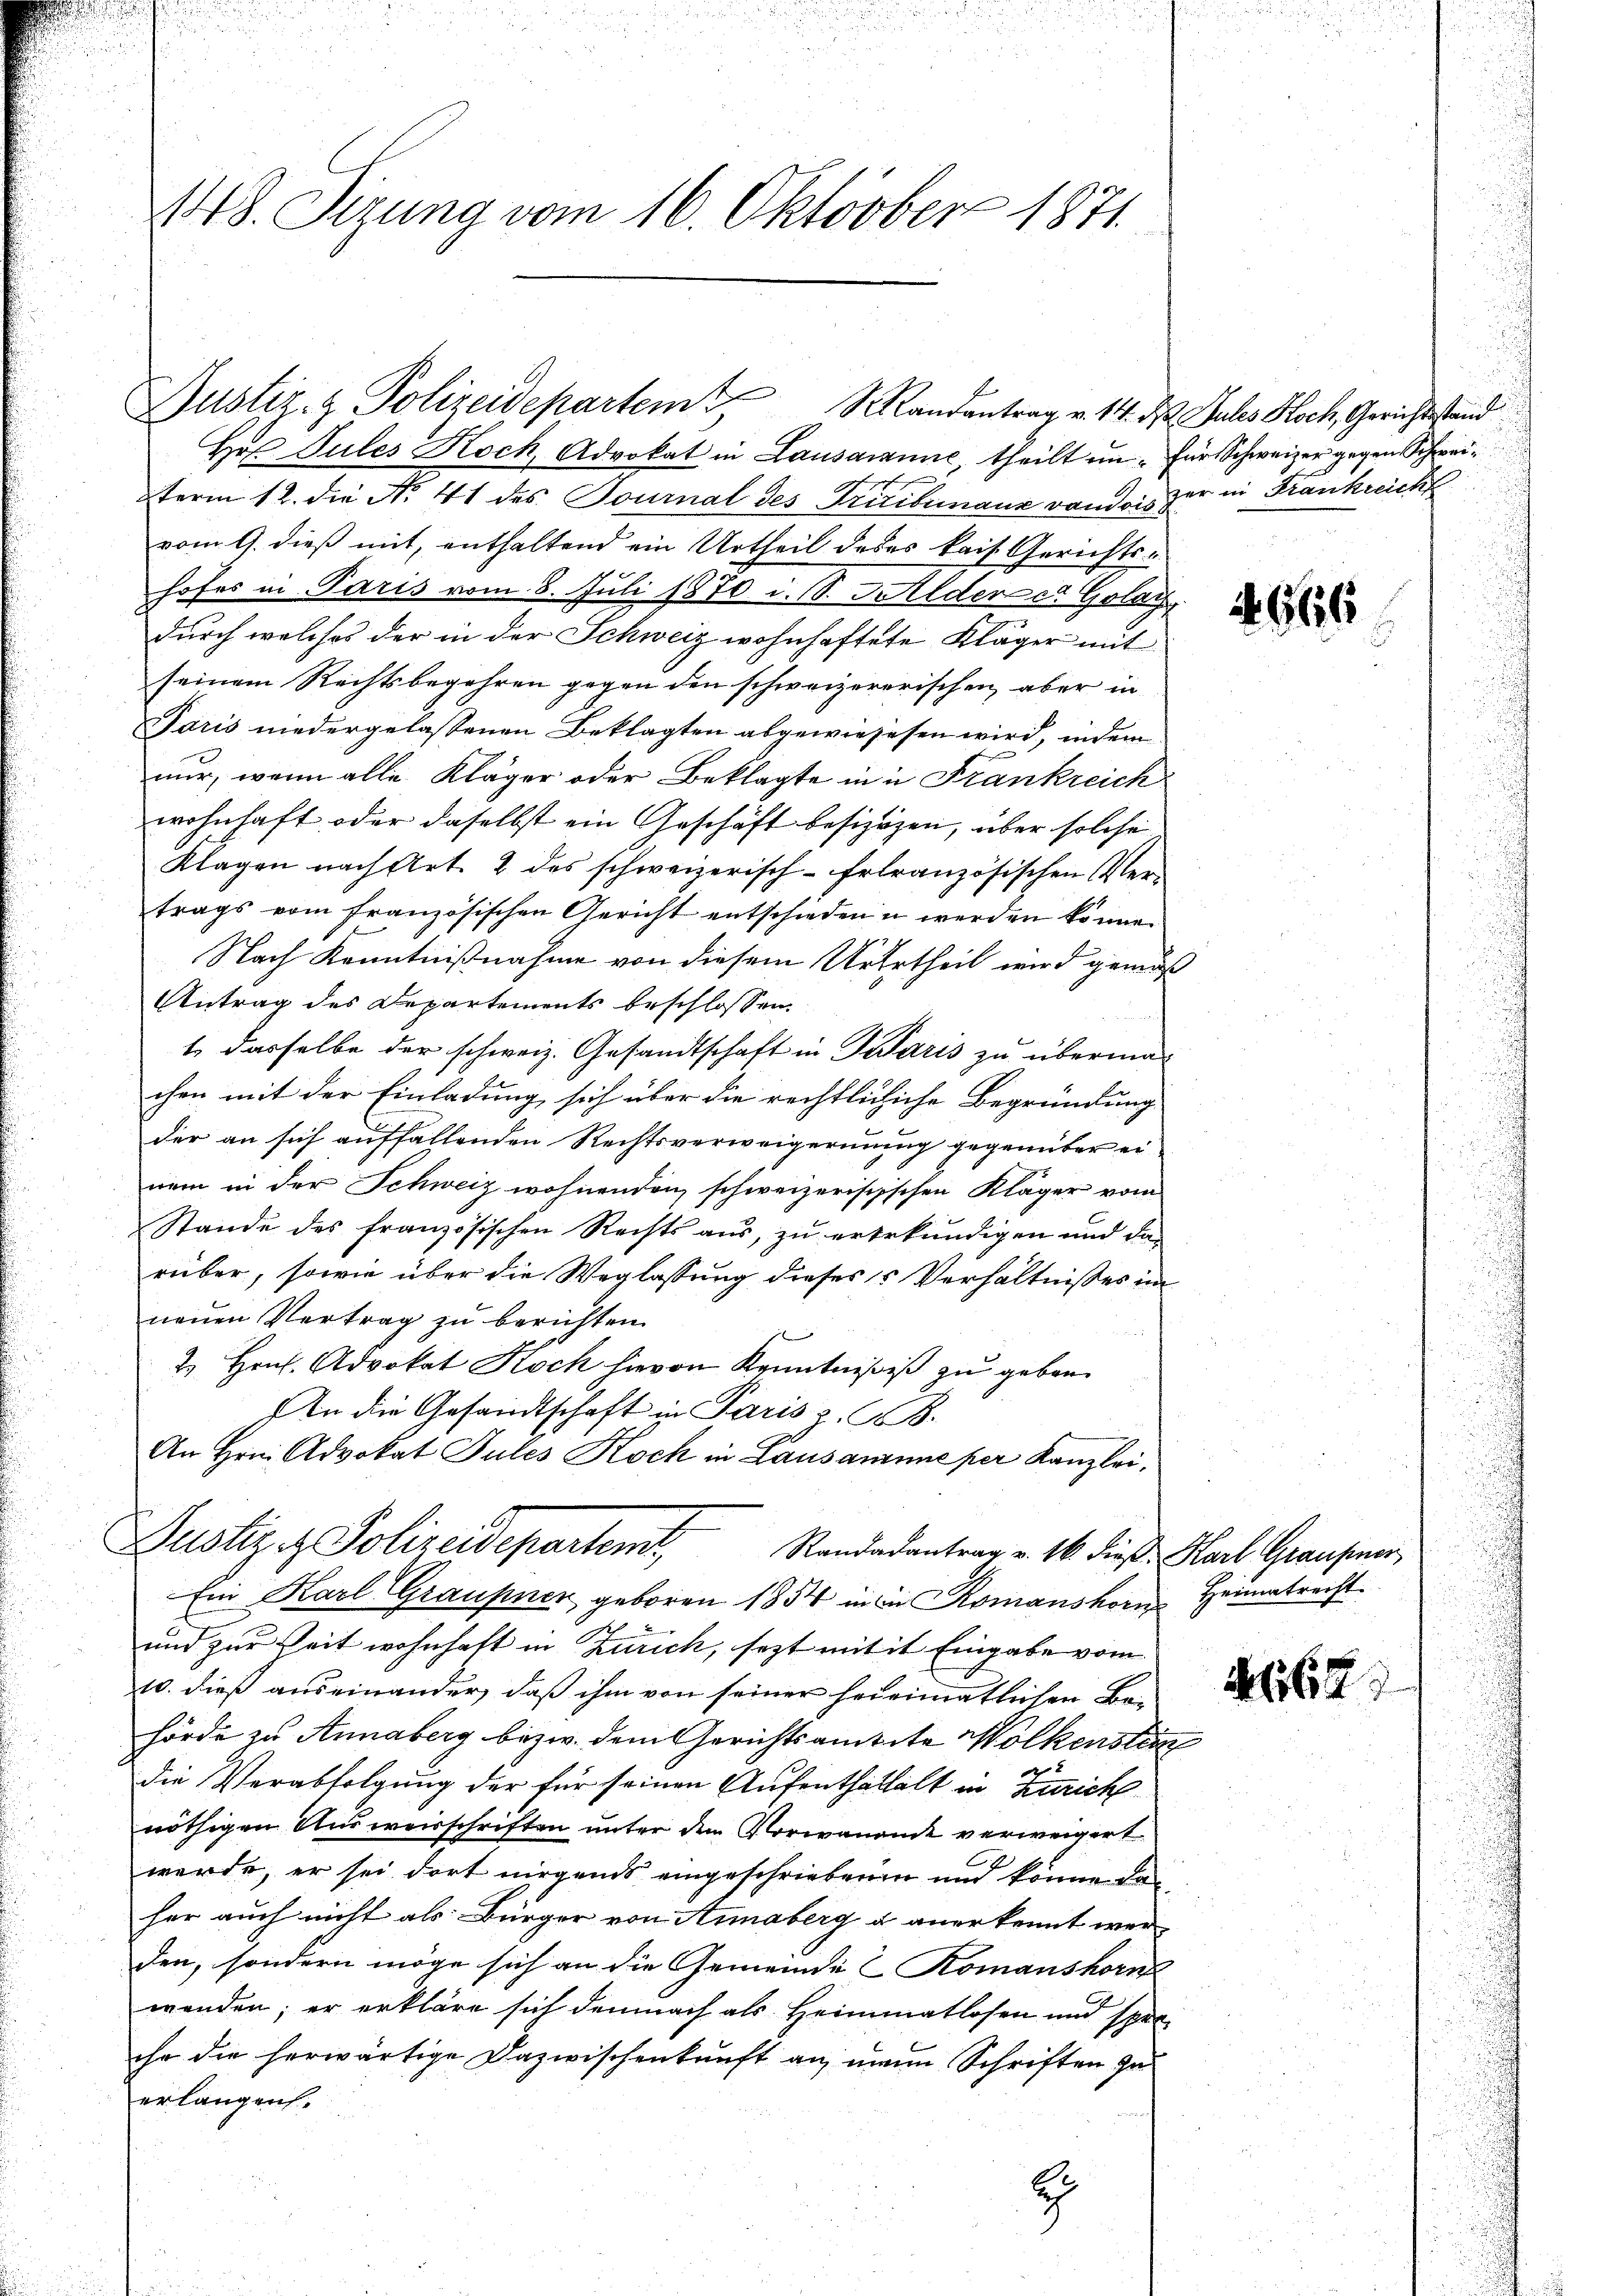
148. Sirung vom 16. Oktober 1871.

Ho Sules Noch Advokat in Lausanne, theilt in für Schweizer gegen Schweiterm 12. die No. 41 des Tournal des Triribunaux rand des zer in Frankreich
vom 9. dieß mit, enthaltend ein Urtheil deses kais. Gerichtshofes in Paris vom 8. Juli 1870 i. S. Hilder et Golar
durch welches der in der Schweiz wohnhaftete Kläger mit
seinem Rechtsbegehren gegen den schweizererischen aber in
Paris niedergelassenen Beklagten abgewiesesen wird, indem
nur, wenn alle Kläger oder Beklagte in in Frankreich
wohnhaft oder daselbst ein Geschäft besizagen, über solche
Klagen nach Art. 2 des schweizerisch-frlranzösischen Ver-
trags vom französischen Gericht entschieden u werden könne.
Nach Kenntnißnahme von diesem Ururtheil wird gemäß
Antrag des Departements beschlossen:
1 dasselbe der schweiz. Gesandtschaft in Zwaris zu überma-
chen mit der Einladung sich über die rechtlichische Begründung
der an sich auffallenden Rechtsverweigerung gegenüber einem in der Schweiz wohnenden schweizerischschen Kläger vom
Stande des französischen Rechts aus, zu ertrkundigen und da-
rüber, sowie über die Weglassung dieses Verhältnisses im
neuen Vertrag zu berichten
2. Hrn. Advokat Koch hievon Kenntnißes zu geben.
In die Gesandtschaft in Paris z. B.
An Hrn. Advokat Jules Koch in Lausanne per Kanzlei.
Justiz & Polizeidepartem
Randarantrag v. 16. dieß Karl Grausner
Ein Karl Graupner geboren 1854 in ein Romanshorn Heimatrecht.
und zur Zeit wohnhaft in Zürich, sezt mit it Eingabe vom
10. dieß auseinander, daß ihm von seiner heirimatlichen Ba-
hörde zu Annaberg bezw. dem Gerichtsamtete Wolkenstein
Die Verabfolgung der für seinen Aufenthaltalt in Zürich
nöthigen Ausweisschriften unter dem Vorwanant verweigert
werde, er sei dort nirgends eingeschriebenen und könne da
her auch nicht als Bürger von Annaberg u anerkennt wer-
den, sondern möge sich an die Gemeinde Romanshorn
wenden; er erkläre sich demnach als Heimmatlosen und spre
ihr die herwärtige Dazwischenkunft an mein Schriften zu
erlangen.

Justiz- & Polizeidepartem Mandantrag v. 14. ds Pules Hoch Gerichtstand

b
9

4666

16